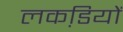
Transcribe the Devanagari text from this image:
लकडि़यों